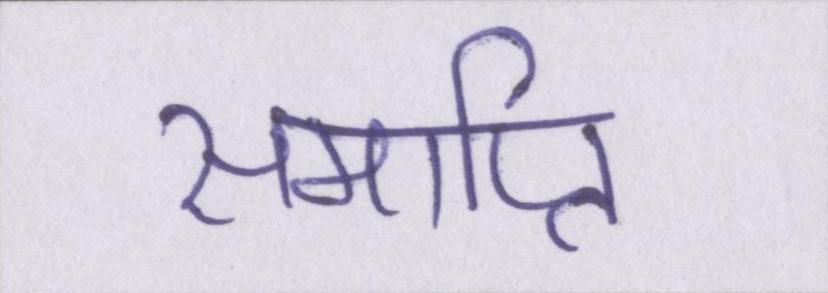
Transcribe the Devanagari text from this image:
समाप्ति